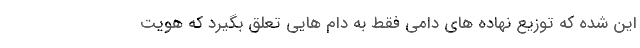
این شده که توزیع نهاده های دامی فقط به دام هایی تعلق بگیرد که هویت